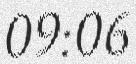
09:06